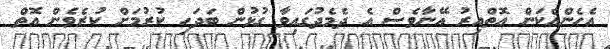
އެހެންއެކަން އޮތްއިރު އޭނާވެސް އެ ދެމެދުގައިވާ ގުޅުން ބަދަހި ކުރުމަށް ކުރެވެން އޮތް